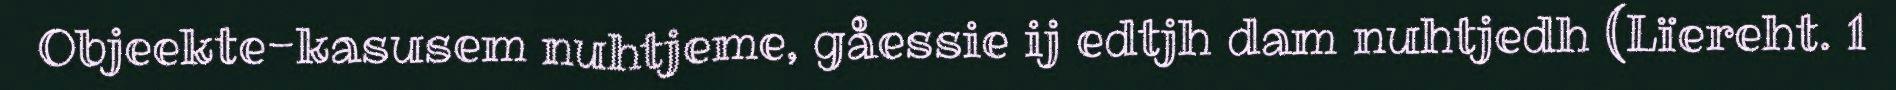
Objeekte-kasusem nuhtjeme, gåessie ij edtjh dam nuhtjedh (Lïereht. 1